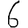
Digit: 6